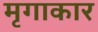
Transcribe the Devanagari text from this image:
मृगाकार